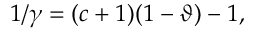
1 / \gamma = { ( c + 1 ) ( 1 - \vartheta ) - 1 } ,